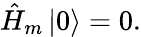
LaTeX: \hat{H}_{m}\left|0\right>=0.